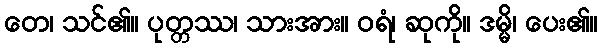
တေ၊ သင်၏။ ပုတ္တဿ၊ သားအား။ ဝရံ၊ ဆုကို။ ဒမ္မိ၊ ပေး၏။